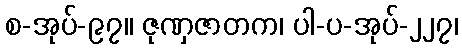
စ-အုပ်-၉၇။ ဇုဏှဇာတက၊ ပါ-ပ-အုပ်-၂၂၇၊